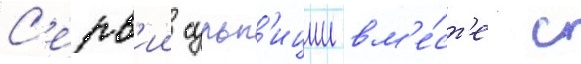
С'ерв'ии сульп'иции вм'е́ст'е с